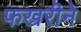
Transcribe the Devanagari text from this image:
फखरीने